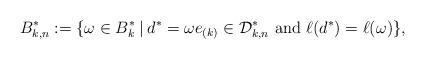
LaTeX: \begin{align*}B_{k, n}^{*} :=\{\omega\in B_{k}^{*}\:|\:d^{*}=\omega e_{(k)}\in \mathcal{D}_{k, n}^{*}\hbox{ and }\ell(d^{*})=\ell(\omega)\},\end{align*}